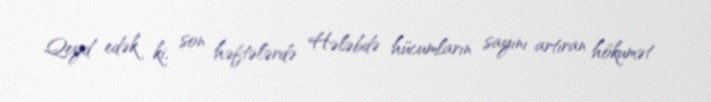
Qeyd edək ki, son həftələrdə Hələbdə hücumların sayını artıran hökumət